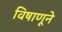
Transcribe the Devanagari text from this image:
विषाणूने